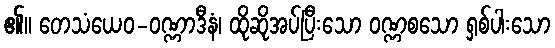
၏။ တေသံယေဝ-ဝဏ္ဏာဒီနံ၊ ထိုဆိုအပ်ပြီးသော ဝဏ္ဏစသော ရှစ်ပါးသော